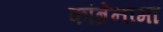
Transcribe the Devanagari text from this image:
कांब्रेनामा